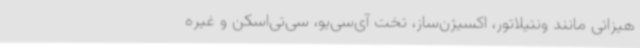
هیزاتی مانند ونتیلاتور، اکسیژن‌ساز، تخت آی‌سی‌یو، سی‌تی‌اسکن و غیره